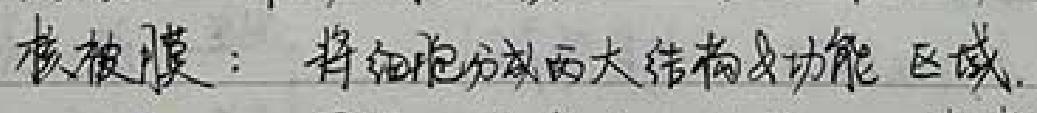
核被膜：将细胞分成两大结构及功能区域。